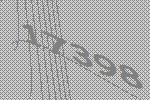
17398